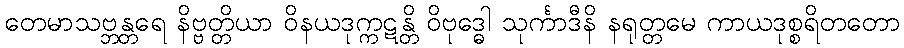
တေမာသဗ္ဘန္တရေ နိဗ္ဗတ္တိယာ ဝိနယဒုက္ကဋန္တိ ဝိဗုဒ္ဓေါ သုင်္ကာဒီနိ နရုတ္တမေ ကာယဒုစ္စရိတတော